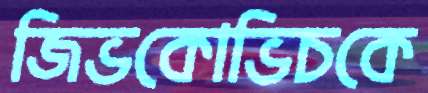
জিভকোভিচকে